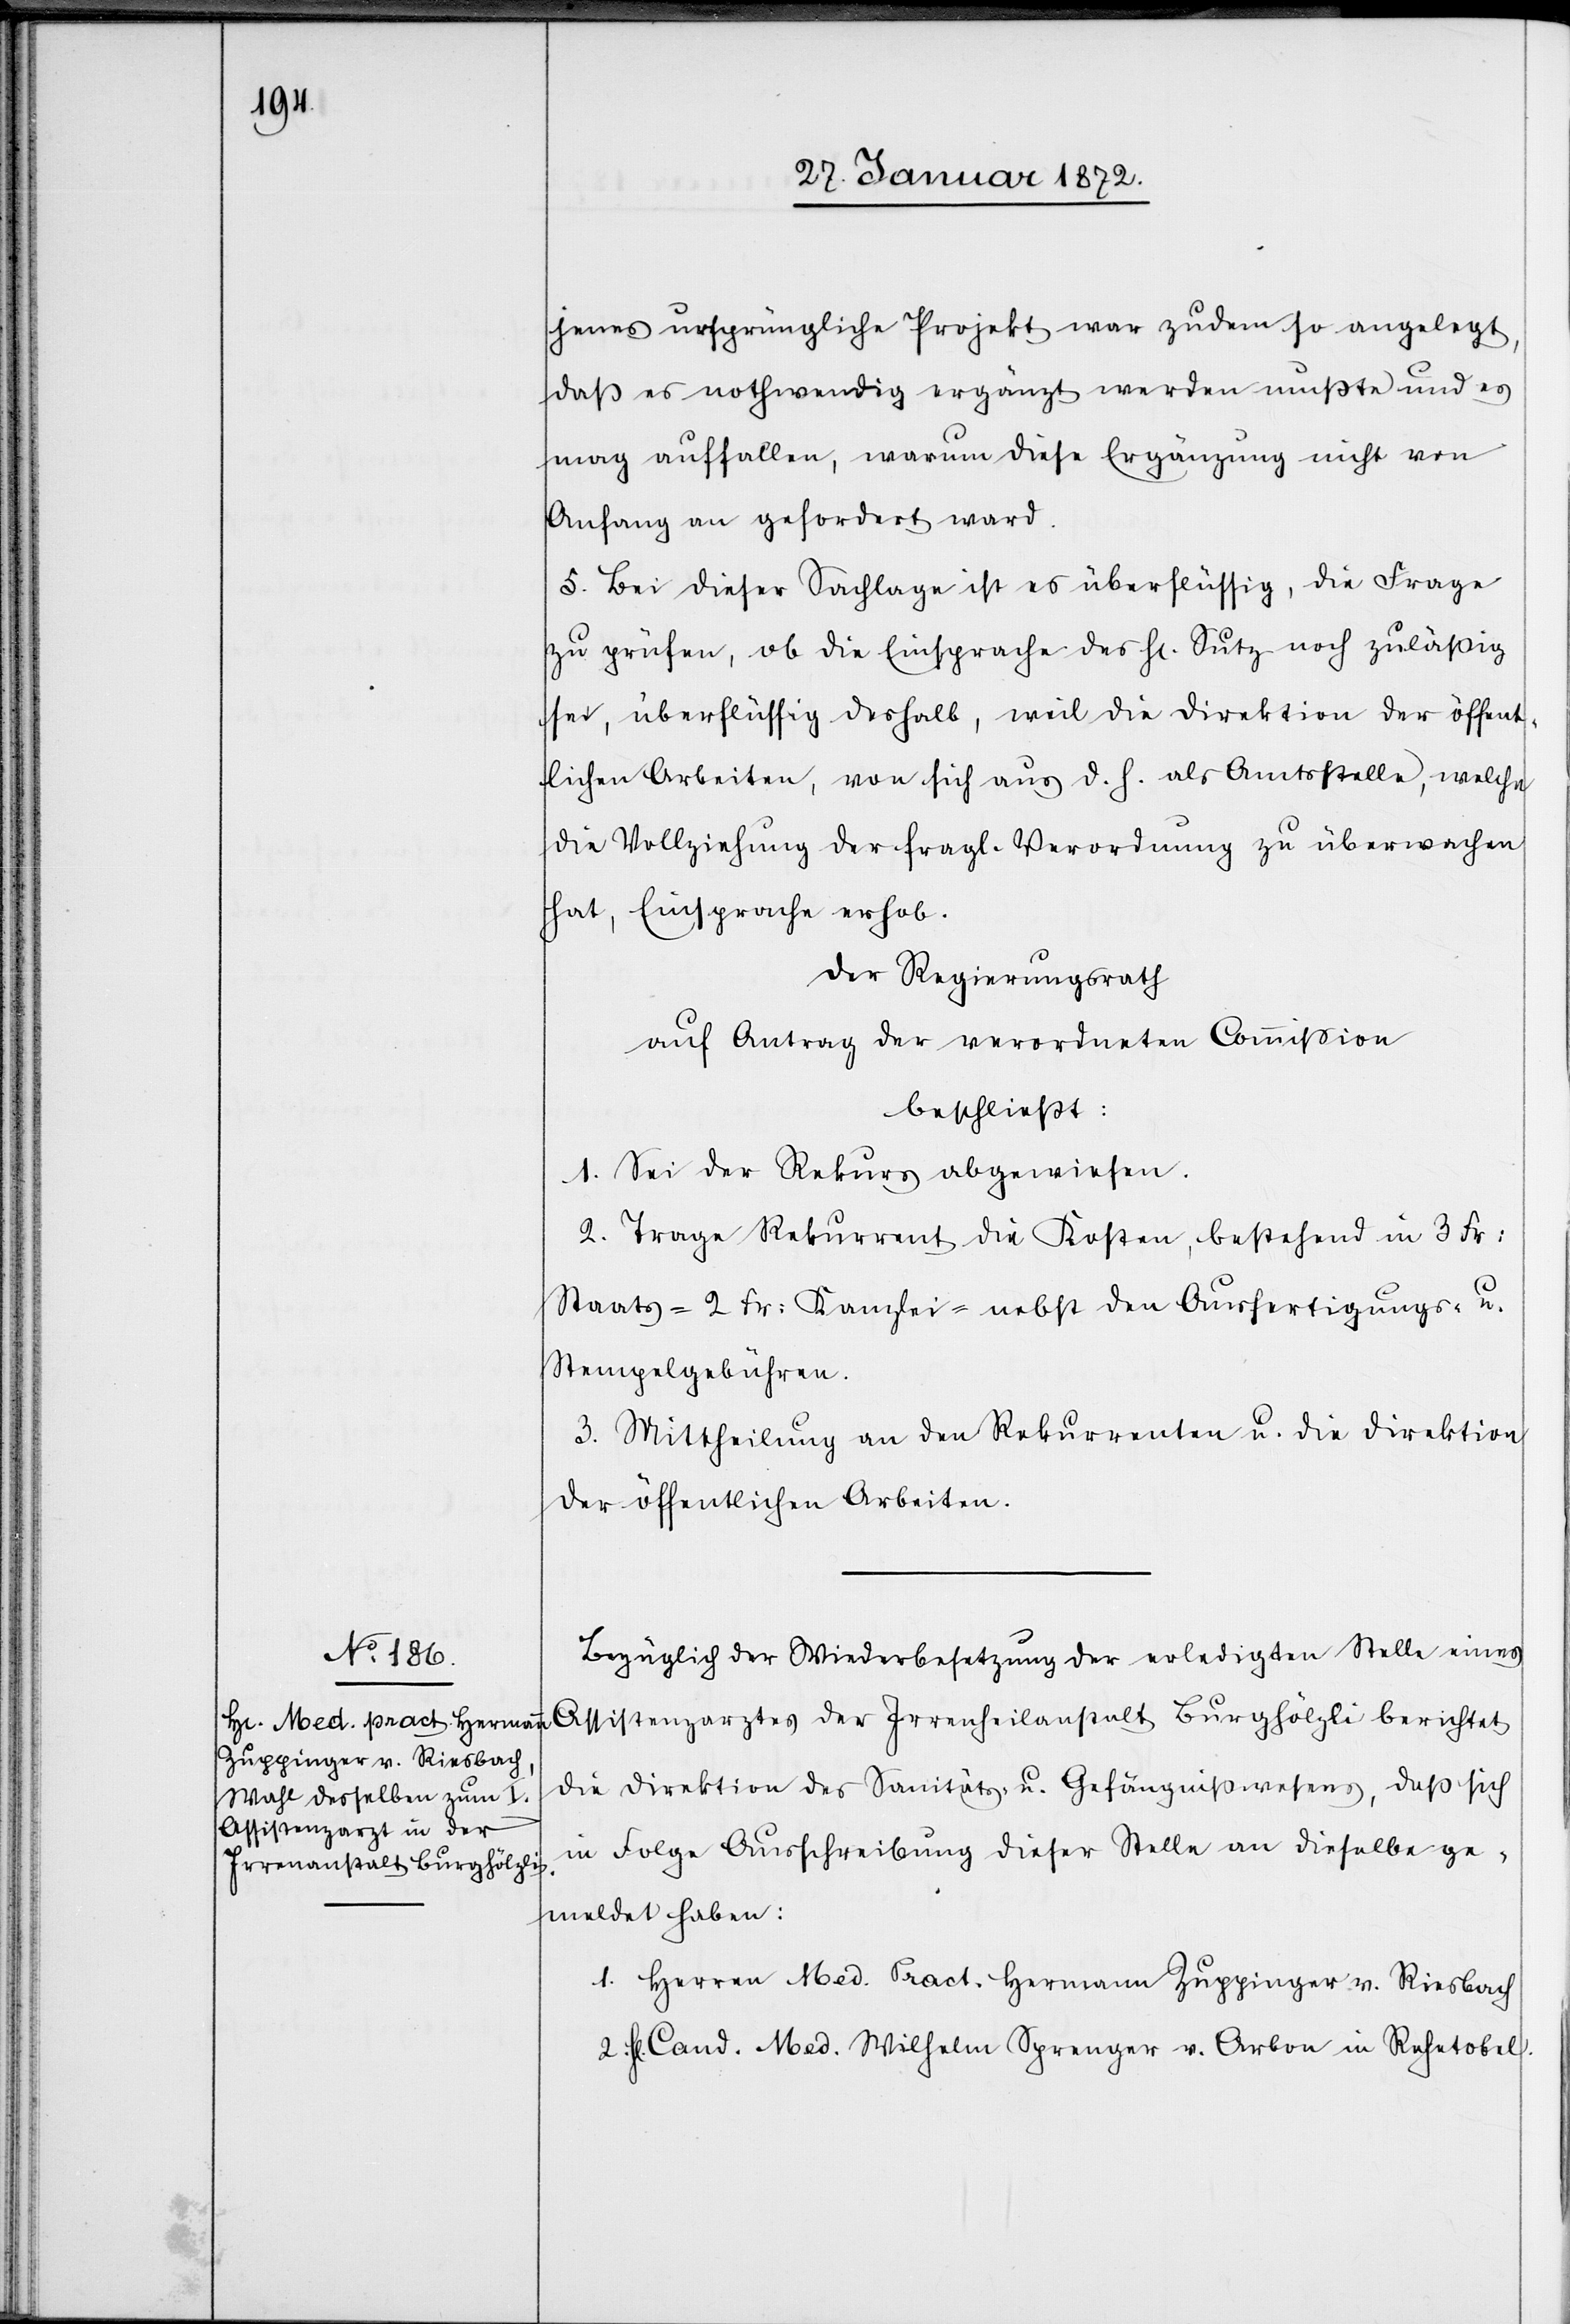
jenes ursprüngliche Projekt war zudem so angelegt,
daß es nothwendig ergänzt werden mußte und es
mag auffallen, warum diese Ergänzung nicht von
Anfang an gefordert ward.
5. Bei dieser Sachlage ist es überflüssig, die Frage
zu prüfen, ob die Einsprache des Hr. Sutz noch zuläßig
sei, überflüssig deshalb, weil die Direktion der öffent¬
lichen Arbeiten, von sich aus d. h. als Amtsstelle, welche
die Vollziehung der fragl. Verordnung zu überwachen
hat, Einsprache erhob.
Der Regierungsrath
auf Antrag der verordneten Commission
beschließt:
1. Sei der Rekurs abgewiesen.
2. Trage Rekurrent die Kosten, bestehend in 3 Fr.
Staats-[,] 2 Fr. Kanzlei- nebst den Ausfertigungs- u.
Stempelgebühren.
3. Mittheilung an den Rekurrenten u. die Direktion
der öffentlichen Arbeiten.
Bezüglich der Wiederbesetzung der erledigten Stelle eines
Assistenzarztes der Irrenanstalt Burghölzli berichtet
die Direktion des Sanitäts- u. Gefängnißwesens, daß sich
in Folge Ausschreibung dieser Stelle an dieselbe ge¬
meldet haben:
1. Herren [sic!] med Pract. Hermann Zuppinger v. Riesbach.
2. H[err] Cand. Med. Wilhelm Sprenger v. Arbon in Rehetobel.